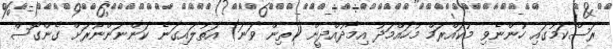
ރަސްކަމުގައި ހުންނެވި މުކައްރަމް މުހައްމަދު އިމާދުއްދީން (ތިން ވަނަ) އަތުލައިގަނެ ކަންނަންނޫރަށް ގެންގޮސް